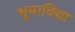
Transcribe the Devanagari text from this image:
भूमाविद्या